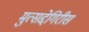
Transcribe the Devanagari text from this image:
मुत्सद्देगिरीस